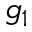
g _ { 1 }